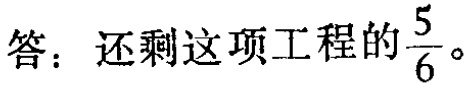
答：还剩这项工程的$\frac{5}{6}$。